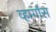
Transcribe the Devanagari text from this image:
व्हार्गास